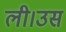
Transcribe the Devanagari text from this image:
ली।उस